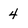
Character: 4